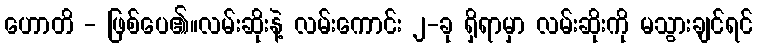
ဟောတိ - ဖြစ်ပေ၏။လမ်းဆိုးနဲ့ လမ်းကောင်း ၂-ခု ရှိရာမှာ လမ်းဆိုးကို မသွားချင်ရင်